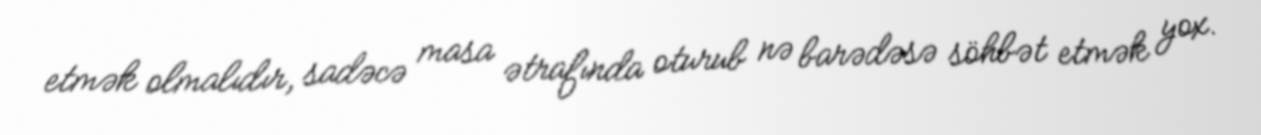
etmək olmalıdır, sadəcə masa ətrafında oturub nə barədəsə söhbət etmək yox.